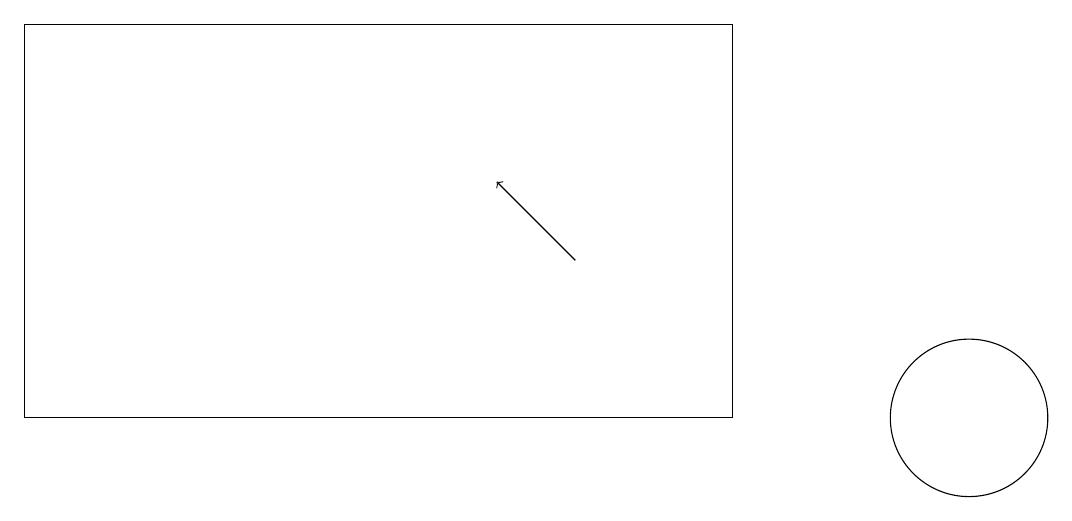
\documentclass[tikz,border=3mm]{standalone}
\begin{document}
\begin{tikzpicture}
\draw[->] (7,13) -- (6,14);
\draw (0,16) rectangle (9,11);
\draw (12,11) circle (1);
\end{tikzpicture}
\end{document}